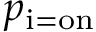
p _ { \mathrm { i = o n } }